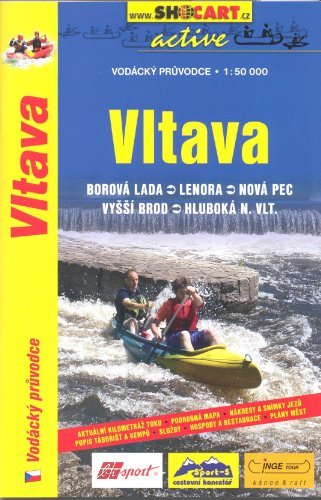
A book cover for Moldau (Vltava) River (Czech Republic) Canoeing Map & Guide; Shocart; Travel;